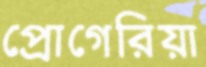
প্রোগেরিয়া